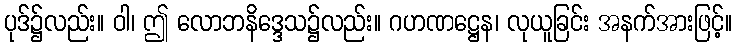
ပုဒ်၌လည်း။ ဝါ၊ ဤ လောဘနိဒ္ဒေသ၌လည်း။ ဂဟဏဋ္ဌေန၊ လုယူခြင်း အနက်အားဖြင့်။